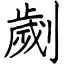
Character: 劌